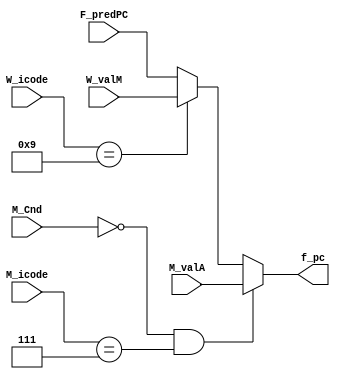
module selectPC(
    output reg[63:0] f_pc,

    input [63:0] F_predPC,
    
    input M_Cnd,
    input [3:0] M_icode,
    input [63:0] M_valA,
    input [3:0] W_icode,
    input [63:0] W_valM
);

always @(*) begin

    f_pc = F_predPC;

    if(M_Cnd == 0 && M_icode == 4'b0111) begin
        f_pc <= M_valA;
    end
    else if(W_icode == 4'b1001) begin
        f_pc <= W_valM;
    end

end

endmodule